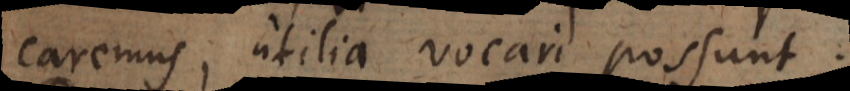
caremus, utilia vocari possunt.